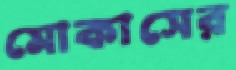
মোকাসের